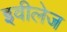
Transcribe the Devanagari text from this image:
इवीलेज